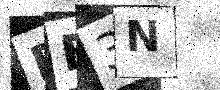
Text: PF3N